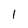
Character: 1